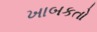
ખાબકતો